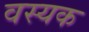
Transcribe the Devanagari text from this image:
वस्यक